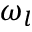
\omega _ { l }